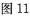
图11